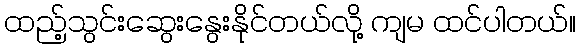
ထည့်သွင်းဆွေးနွေးနိုင်တယ်လို့ ကျမ ထင်ပါတယ်။